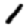
Digit: 1